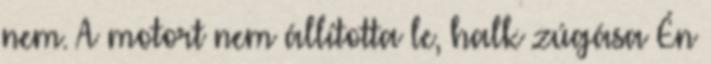
nem. A motort nem állította le, halk zúgása Én